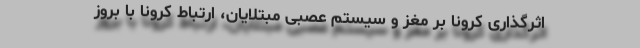
اثرگذاری کرونا بر مغز و سیستم عصبی مبتلایان، ارتباط کرونا با بروز